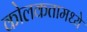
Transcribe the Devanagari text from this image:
कोलकतामध्ये